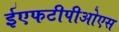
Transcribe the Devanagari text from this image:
ईएफटीपीओएस